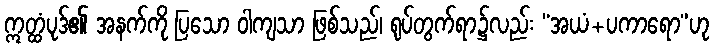
ဣတ္ထံပုဒ်၏ အနက်ကို ပြသော ဝါကျသာ ဖြစ်သည်၊ ရုပ်တွက်ရာ၌လည်း “အယံ+ပကာရော”ဟု